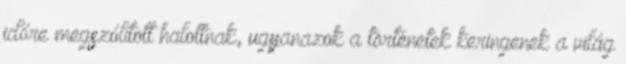
időre megszólított halottnak, ugyanazok a történetek keringenek a világ